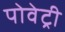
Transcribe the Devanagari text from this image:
पोवेट्री